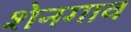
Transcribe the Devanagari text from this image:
शेनगाव